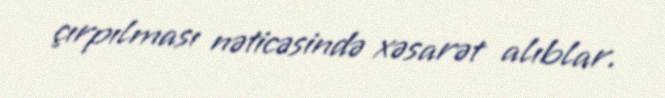
çırpılması nəticəsində xəsarət alıblar.